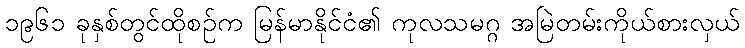
၁၉၆၁ ခုနှစ်တွင်ထိုစဉ်က မြန်မာနိုင်ငံ၏ ကုလသမဂ္ဂ အမြဲတမ်းကိုယ်စားလှယ်